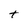
Character: t